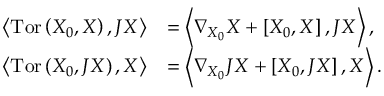
\begin{array} { r l } { \left\langle \mathrm { T o r } \left( X _ { 0 } , X \right) , J X \right\rangle } & { = \left\langle \nabla _ { X _ { 0 } } X + \left[ X _ { 0 } , X \right] , J X \right\rangle , } \\ { \left\langle \mathrm { T o r } \left( X _ { 0 } , J X \right) , X \right\rangle } & { = \left\langle \nabla _ { X _ { 0 } } J X + \left[ X _ { 0 } , J X \right] , X \right\rangle . } \end{array}